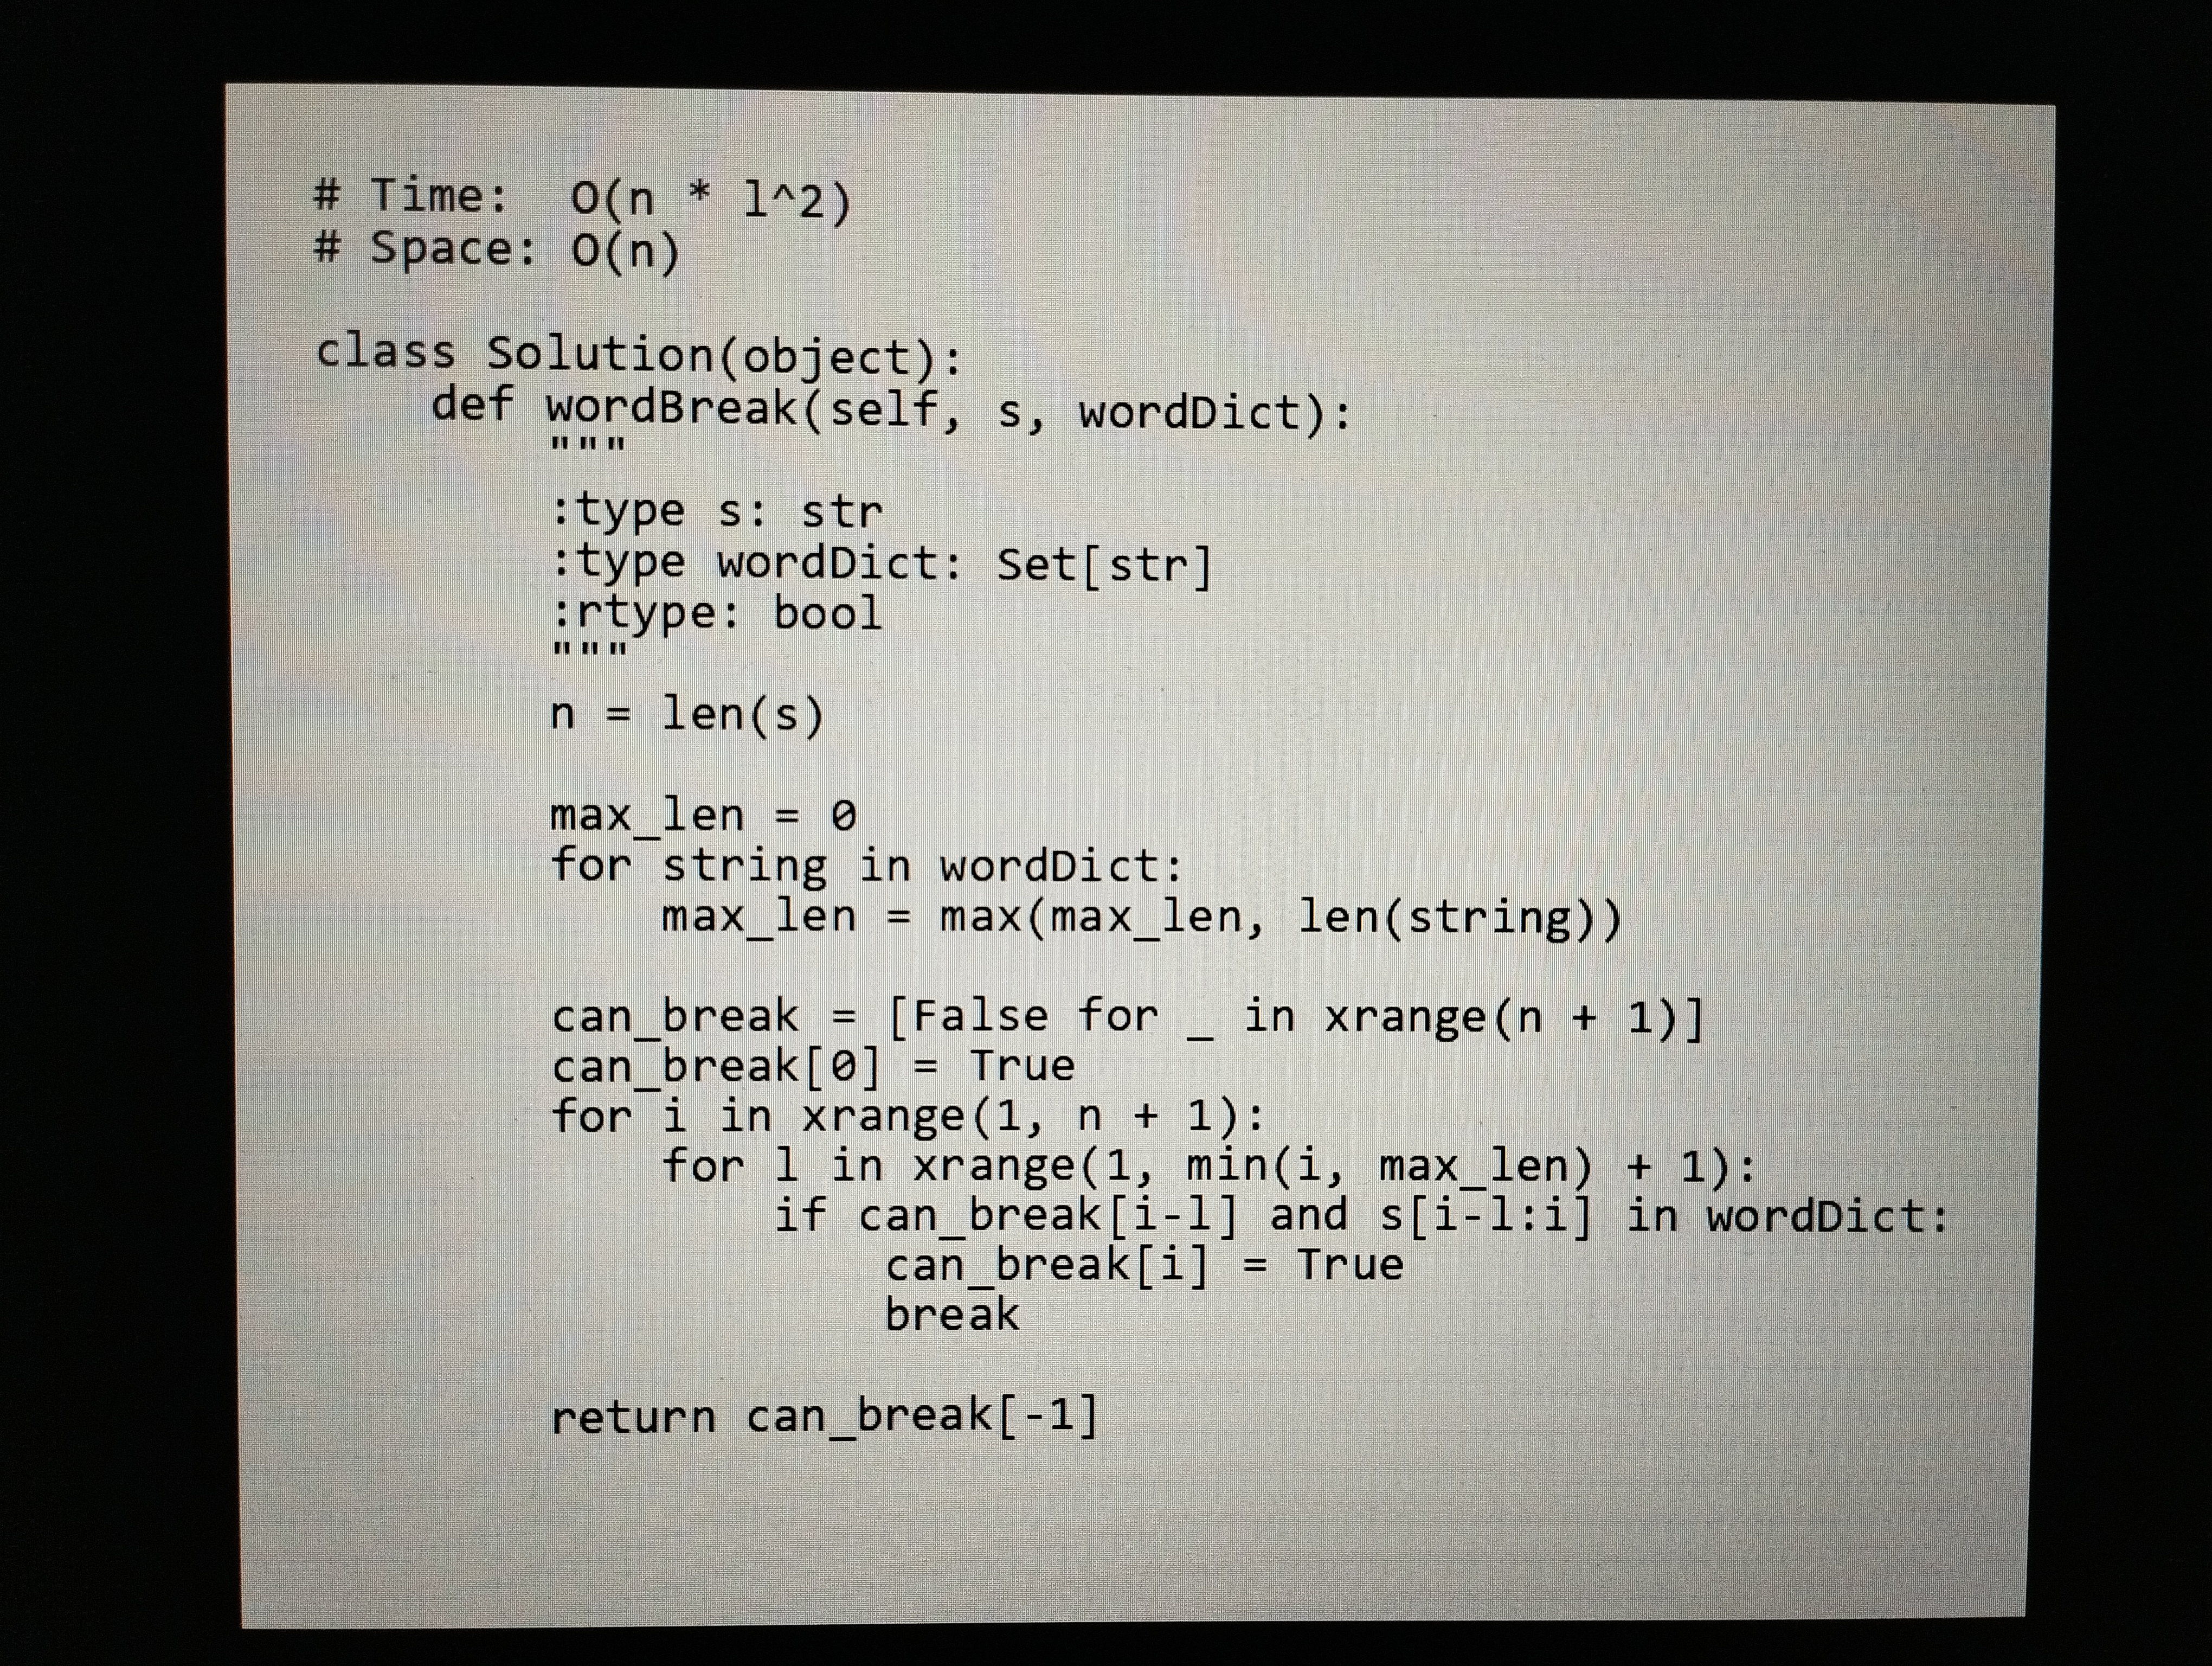
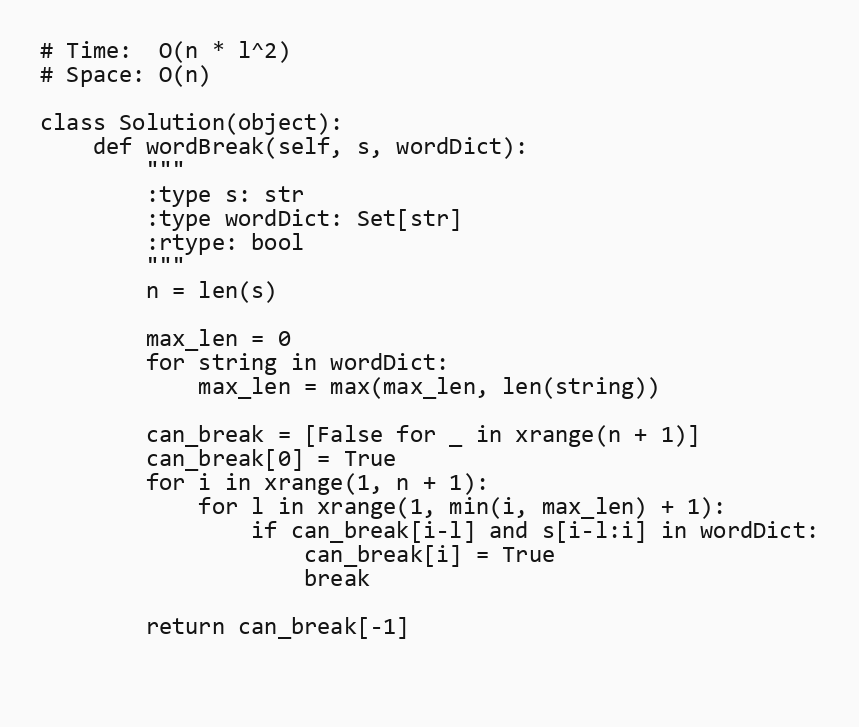
# Time:  O(n * l^2)
# Space: O(n)

class Solution(object):
    def wordBreak(self, s, wordDict):
        """
        :type s: str
        :type wordDict: Set[str]
        :rtype: bool
        """
        n = len(s)

        max_len = 0
        for string in wordDict:
            max_len = max(max_len, len(string))

        can_break = [False for _ in xrange(n + 1)]
        can_break[0] = True
        for i in xrange(1, n + 1):
            for l in xrange(1, min(i, max_len) + 1):
                if can_break[i-l] and s[i-l:i] in wordDict:
                    can_break[i] = True
                    break

        return can_break[-1]